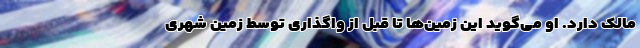
مالک دارد. او می‌گوید این زمین‌ها تا قبل از واگذاری توسط زمین شهری